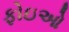
ફોઇઓ